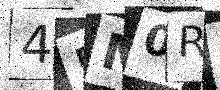
Text: 45M0RS